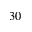
3 0